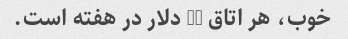
خوب، هر اتاق 40 دلار در هفته است.